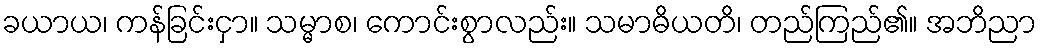
ခယာယ၊ ကန်ခြင်းငှာ။ သမ္မာစ၊ ကောင်းစွာလည်း။ သမာဓိယတိ၊ တည်ကြည်၏။ အဘိညာ